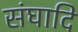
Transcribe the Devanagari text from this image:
संघादि